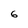
Character: 6